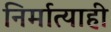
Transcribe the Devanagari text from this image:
निर्मात्याही